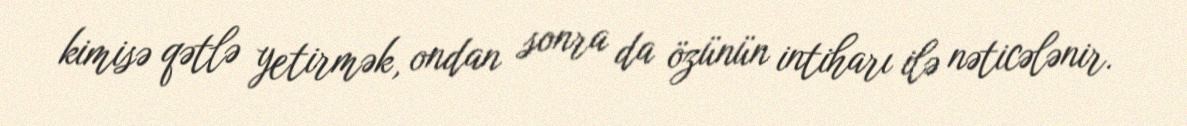
kimisə qətlə yetirmək, ondan sonra da özünün intiharı ilə nəticələnir.